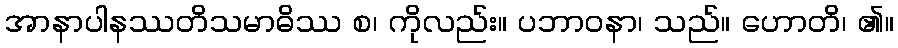
အာနာပါနဿတိသမာဓိဿ စ၊ ကိုလည်း။ ပဘာဝနာ၊ သည်။ ဟောတိ၊ ၏။